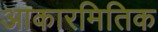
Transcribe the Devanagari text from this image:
आकारमितिक